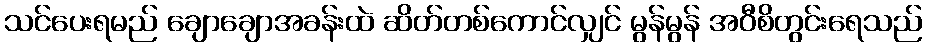
သင်ပေးရမည် ချောချောအခန်းထဲ ဆိတ်တစ်ကောင်လျှင် မွန်မွန် အဝီစိတွင်းရေသည်